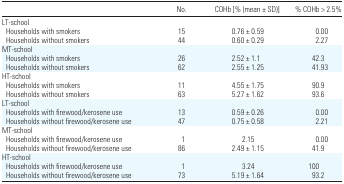
|  | No. | COHb [% (mean ± SD)] | % COHb > 2.5% |
 | --- | --- | --- | --- |
 | <COLSPAN=4> LT-school |
 | Households with smokers | 15 | 0.76 ± 0.59 | 0.00 |
 | Households without smokers | 44 | 0.60 ± 0.29 | 2.27 |
 | <COLSPAN=4> MT-school |
 | Households with smokers | 26 | 2.52 ± 1.1 | 42.3 |
 | Households without smokers | 62 | 2.55 ± 1.25 | 41.93 |
 | <COLSPAN=4> HT-school |
 | Households with smokers | 11 | 4.55 ± 1.75 | 90.9 |
 | Households without smokers | 63 | 5.27 ± 1.62 | 93.6 |
 | <COLSPAN=4> LT-school |
 | Households with firewood/kerosene use | 13 | 0.59 ± 0.26 | 0.00 |
 | Households without firewood/kerosene use | 47 | 0.75 ± 0.58 | 2.21 |
 | <COLSPAN=4> MT-school |
 | Households with firewood/kerosene use | 1 | 2.15 | 0.00 |
 | Households without firewood/kerosene use | 86 | 2.49 ± 1.15 | 41.9 |
 | <COLSPAN=4> HT-school |
 | Households with firewood/kerosene use | 1 | 3.24 | 100 |
 | Households without firewood/kerosene use | 73 | 5.19 ± 1.64 | 93.2 |